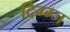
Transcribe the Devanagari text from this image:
दिग्ग्ज